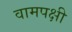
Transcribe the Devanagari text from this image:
वामपक्षी